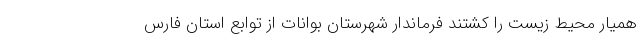
همیار محیط زیست را کشتند فرماندار شهرستان بوانات از توابع استان فارس